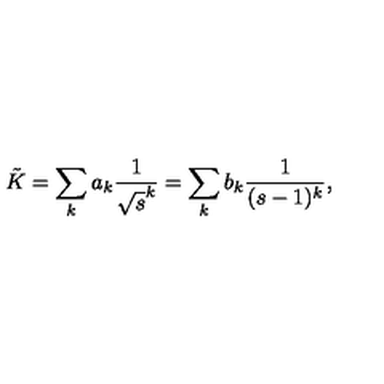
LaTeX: \tilde { K } = \sum _ { k } a _ { k } \frac { 1 } { \sqrt { s } ^ { k } } = \sum _ { k } b _ { k } \frac { 1 } { ( s - 1 ) ^ { k } } ,